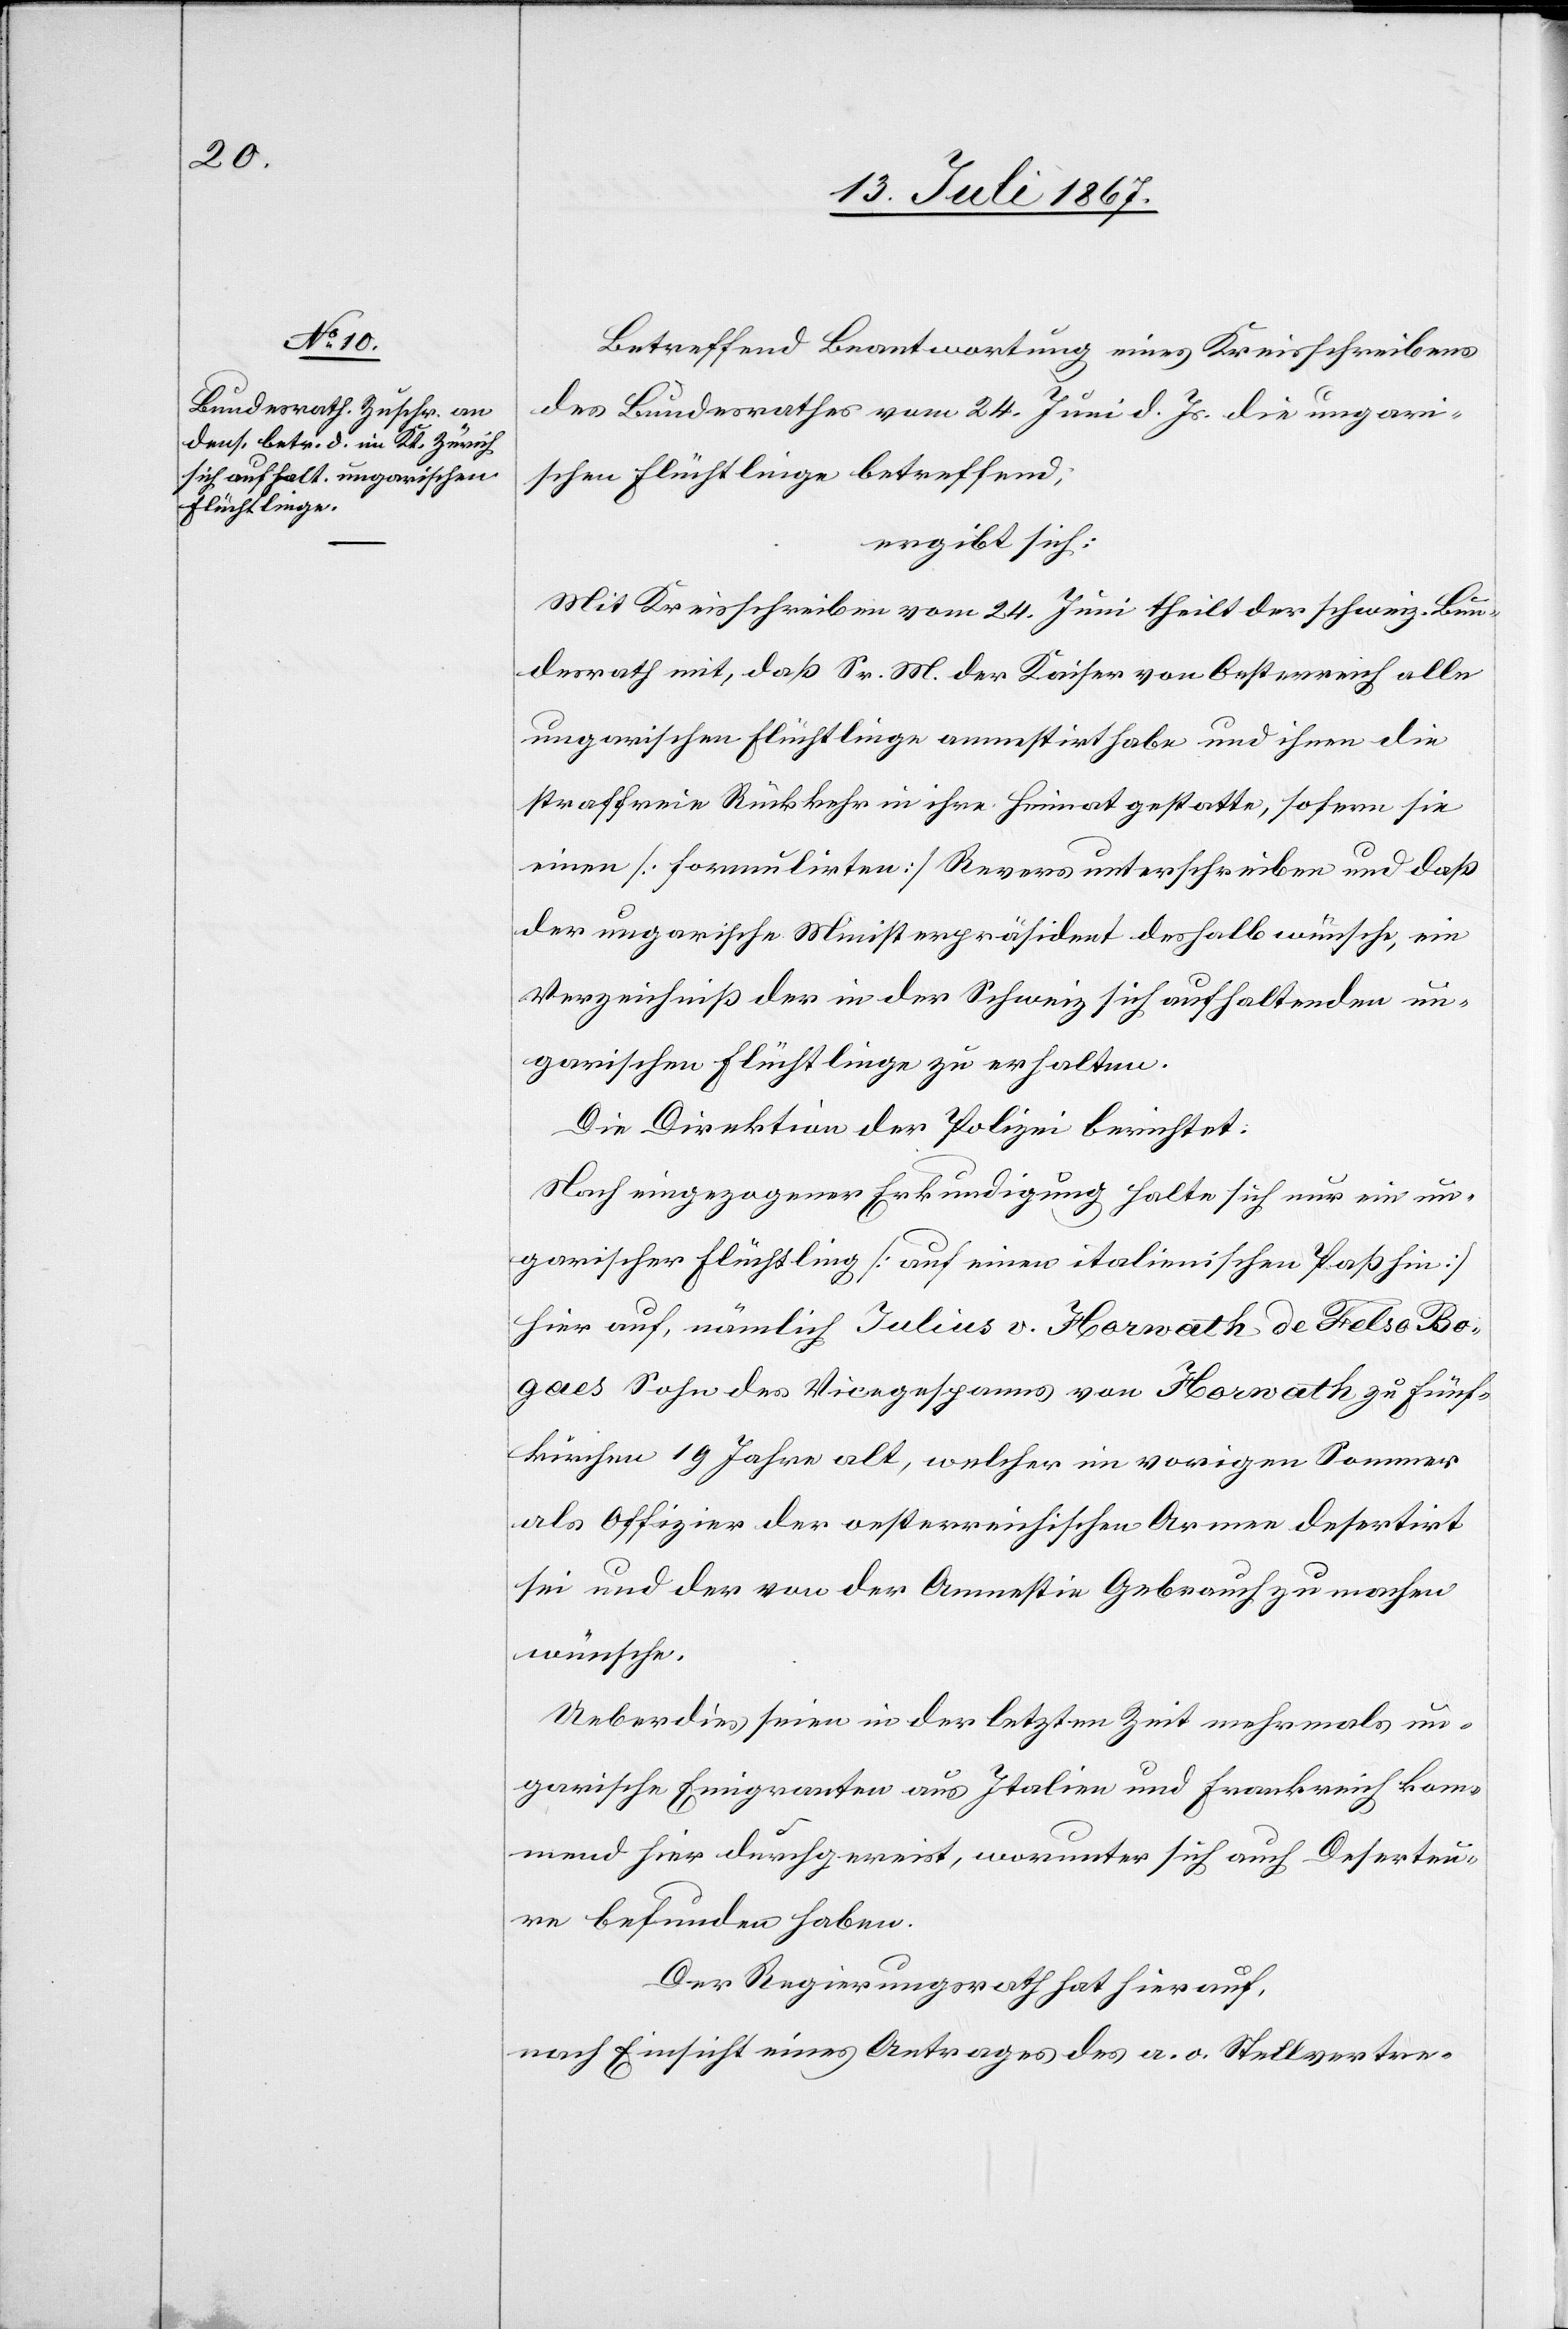
Betreffend Beantwortung eines Kreisschreibens
des Bundesrathes vom 24. Juni d. Js. die ungari¬
schen Flüchtlinge betreffend,
ergibt sich:
Mit Kreisschreiben vom 24. Juni theilt der schweiz. Bun¬
desrath mit, daß Se. M. der Kaiser von Oesterreich alle
ungarischen Flüchtlinge amnestirt habe und ihnen die
straffreie Rückkehr in ihre Heimat gestatte, sofern sie
einen [formulirten] Revers unterschreiben und daß
der ungarische Ministerpräsident deshalb wünsche, ein
Verzeichniß der in der Schweiz sich aufhaltenden un¬
garischen Flüchtlinge zu erhalten.
Die Direktion der Polizei berichtet:
Nach eingezogener Erkundigung halte sich nur ein un¬
garischer Flüchtling [auf einen italienischen Paß hin]
hier auf, nämlich Julius v. Horwath de Felso Bo¬
gaes Sohn des Vicegespanns von Horwath zu Fünf¬
kirchen, 19 Jahre alt, welcher im vorigen Sommer
als Offizier der oesterreichischen Armee desertirt
sei und der von der Amnestie Gebrauch zu machen
wünsche.
Ueberdies seien in der letzten Zeit mehrmals un¬
garische Emigranten aus Italien und Frankreich kom¬
mend hier durchgereist, worunter sich auch Deserteu¬
re befunden haben.
Der Regierungsrath hat hierauf,
nach Einsicht eines Antrages der a. o. Stellvertre-